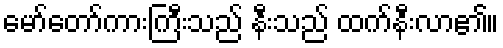
မော်တော်ကားကြီးသည် နီးသည် ထက်နီးလာ၏။